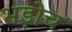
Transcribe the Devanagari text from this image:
भड़ोच